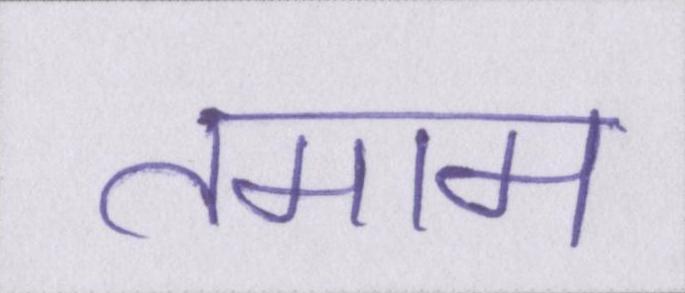
तमाम